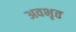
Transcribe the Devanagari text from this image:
अवभृत